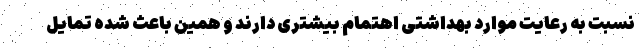
نسبت به رعایت موارد بهداشتی اهتمام بیشتری دارند و همین باعث شده تمایل